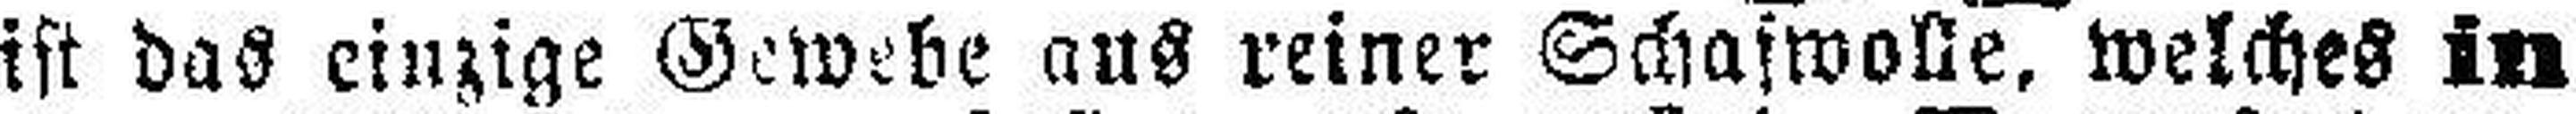
ist das einzige Gewebe aus reiner Schafwolle, welches in